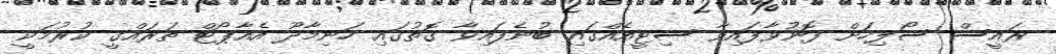
ރައީސް ސޯލިހަށް ފޮނުވާފައިވާ ސިޓީއެއްގައި ބުނެފައިވާ ގޮތުގައި ހަނިމާދޫ އެއާޕޯޓް ތަރައްގީ ކުރުމަކީ